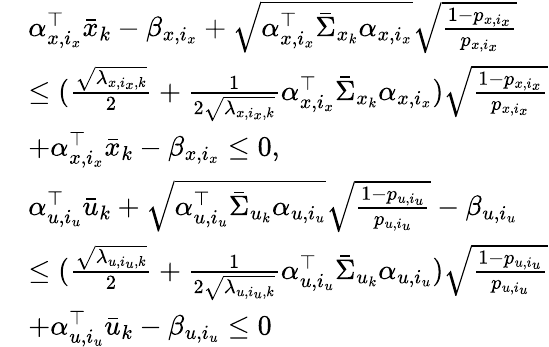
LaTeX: \begin{array}{rl}&{\alpha_{x,i_{x}}^{\top}\bar{x}_{k}-\beta_{x,i_{x}}+\sqrt{\alpha_{x,i_{x}}^{\top}\bar{\Sigma}_{x_{k}}\alpha_{x,i_{x}}}\sqrt{\frac{1-p_{x,i_{x}}}{p_{x,i_{x}}}}}\\ &{\leq(\frac{\sqrt{\lambda_{x,i_{x},k}}}{2}+\frac{1}{2\sqrt{\lambda_{x,i_{x},k}}}\alpha_{x,i_{x}}^{\top}\bar{\Sigma}_{x_{k}}\alpha_{x,i_{x}})\sqrt{\frac{1-p_{x,i_{x}}}{p_{x,i_{x}}}}}\\ &{+\alpha_{x,i_{x}}^{\top}\bar{x}_{k}-\beta_{x,i_{x}}\leq 0,}\\ &{\alpha_{u,i_{u}}^{\top}\bar{u}_{k}+\sqrt{\alpha_{u,i_{u}}^{\top}\bar{\Sigma}_{u_{k}}\alpha_{u,i_{u}}}\sqrt{\frac{1-p_{u,i_{u}}}{p_{u,i_{u}}}}-\beta_{u,i_{u}}}\\ &{\leq(\frac{\sqrt{\lambda_{u,i_{u},k}}}{2}+\frac{1}{2\sqrt{\lambda_{u,i_{u},k}}}\alpha_{u,i_{u}}^{\top}\bar{\Sigma}_{u_{k}}\alpha_{u,i_{u}})\sqrt{\frac{1-p_{u,i_{u}}}{p_{u,i_{u}}}}}\\ &{+\alpha_{u,i_{u}}^{\top}\bar{u}_{k}-\beta_{u,i_{u}}\leq 0}\end{array}